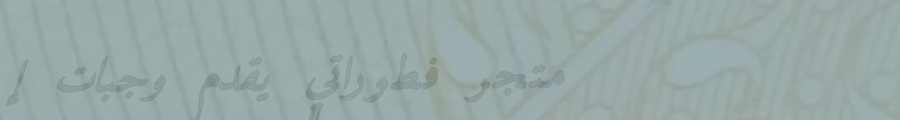
متجر فطوراتي يقدم وجبات إ